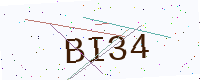
Text: BI34